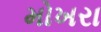
મોખરા